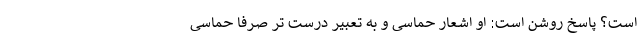
است؟ پاسخ روشن است: او اشعار حماسی و به تعبیر درست تر صرفا حماسی